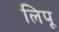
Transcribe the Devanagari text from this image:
लिपू